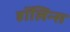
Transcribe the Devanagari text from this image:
हॉलिन्स